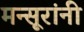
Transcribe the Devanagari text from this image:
मन्सूरांनी